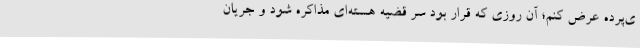
ی‌پرده عرض کنم؛ آن روزی که قرار بود سر قضیه هسته‌ای مذاکره شود و جریان